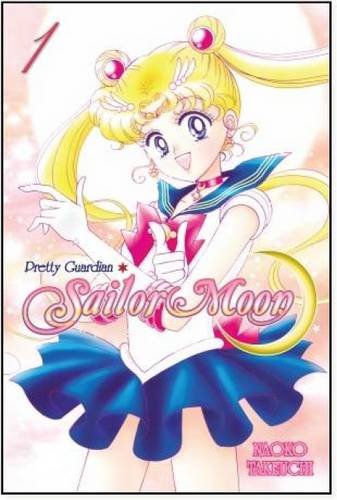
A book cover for Sailor Moon 1; Naoko Takeuchi; Comics & Graphic Novels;